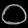
Digit: ၀